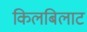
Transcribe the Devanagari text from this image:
किलबिलाट